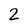
Character: 2